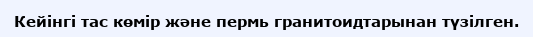
Кейінгі тас көмір және пермь гранитоидтарынан түзілген.